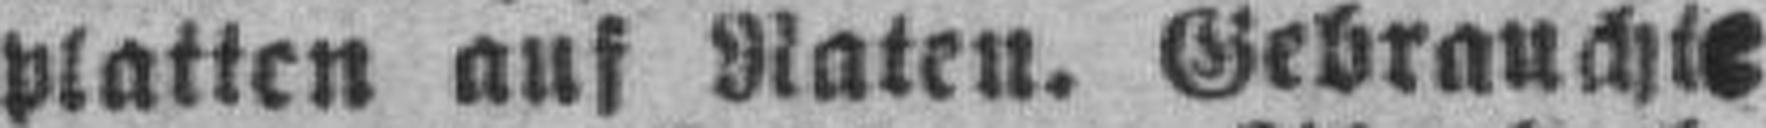
platten auf Raten. Gebrauchte